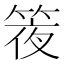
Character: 𥯊